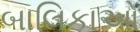
બાલિકાઓ